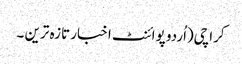
کراچی(اُردو پوائنٹ اخبار تازہ ترین ۔